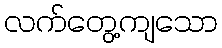
လက်တွေ့ကျသော